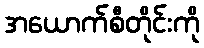
အယောက်စီတိုင်းကို